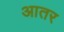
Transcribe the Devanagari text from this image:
आतर